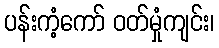
ပန်းကံ့ကော် ဝတ်မှုံကျင်း၊